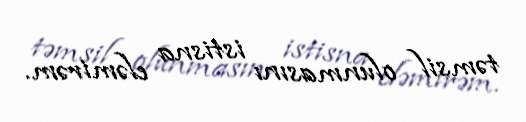
təmsil olunmasını istisna eləmirəm.